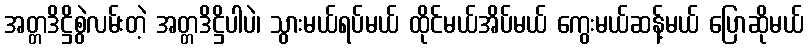
အတ္တဒိဋ္ဌိစွဲလမ်းတဲ့ အတ္တဒိဋ္ဌိပါပဲ၊ သွားမယ်ရပ်မယ် ထိုင်မယ်အိပ်မယ် ကွေးမယ်ဆန့်မယ် ပြောဆိုမယ်